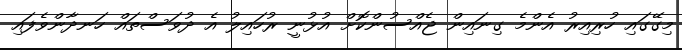
މިގޭގައި ހުރިއިރު އެންމެ ގިނައިން ޖެއްސުންކޮށް އުޅުނީ ރުހައިލު އެ ދުވަސްތައް ހަނދާންވެފައި